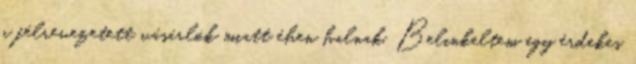
a félrevezetett vásárlók miatt éhen halnak. Belinkeltem egy érdekes